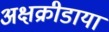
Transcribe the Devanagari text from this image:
अक्षक्रीडायां